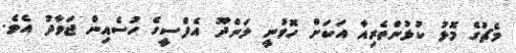
މެޗުގެ މޮޅު ކުޅުންތެރިއާ އަކަށް ހޮވުނީ ލަންދޫ އެފްސީގެ ހުސެއިން ޖަވާދު އެވެ.